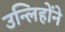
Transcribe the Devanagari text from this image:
उन्लिहोंने